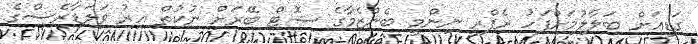
ގަޑިއަށް ބަލާލުމަށްފަހު ރެފްރީ ނިންމީ ބެންޒެމާގެ ޝޮޓް ބޭރަށް ނުކުތް އިރު ވަލަޑާރެސްގެ